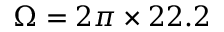
\Omega = 2 \pi \times 2 2 . 2